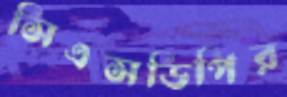
সিএসডিপির